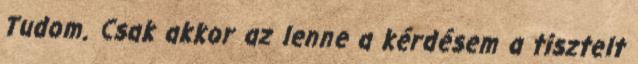
Tudom. Csak akkor az lenne a kérdésem a tisztelt